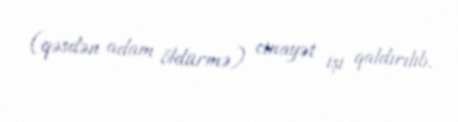
(qəsdən adam öldürmə) cinayət işi qaldırılıb.